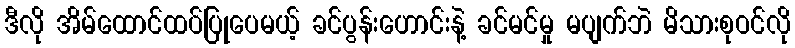
ဒီလို အိမ်ထောင်ထပ်ပြုပေမယ့် ခင်ပွန်းဟောင်းနဲ့ ခင်မင်မှု မပျက်ဘဲ မိသားစုဝင်လို